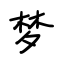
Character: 梦